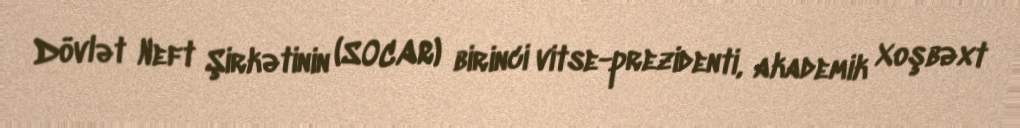
Dövlət Neft Şirkətinin (SOCAR) birinci vitse-prezidenti, akademik Xoşbəxt